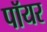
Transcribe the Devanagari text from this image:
पॉयर